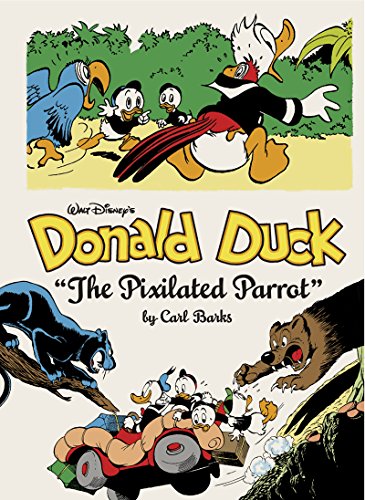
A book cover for Walt Disney's Donald Duck: "The Pixilated Parrot" (Vol. 6)  (The Carl Barks Library); Carl Barks; Comics & Graphic Novels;